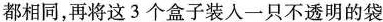
都相同，再将这3个盒子装入一只不透明的袋